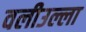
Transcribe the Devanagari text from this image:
वलीउल्ला